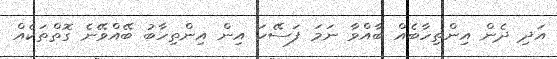
އަދި ދެން އިންތިހާބެއް ބާއްވާ ނަމަ ފަސޭހަ އިން އިންތިހާބު ބޭއްވޭނެ ގޮތްތަކެއް